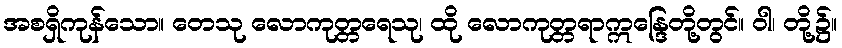
အစရှိကုန်သော။ တေသု လောကုတ္တရေသု၊ ထို လောကုတ္တရာဣန္ဒြေတို့တွင်။ ဝါ၊ တို့၌။